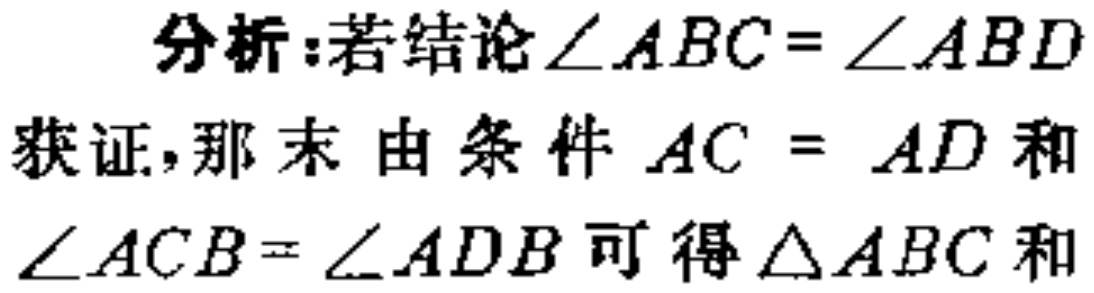
分析：若结论$\angle ABC = \angle ABD$

获证，那末 由条件$AC = AD$和

$\angle ACB = \angle ADB$可得$\triangle ABC$和